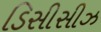
ડિસીસીઝ